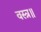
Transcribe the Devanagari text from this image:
वस्त्र॥